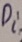
Text: Di2